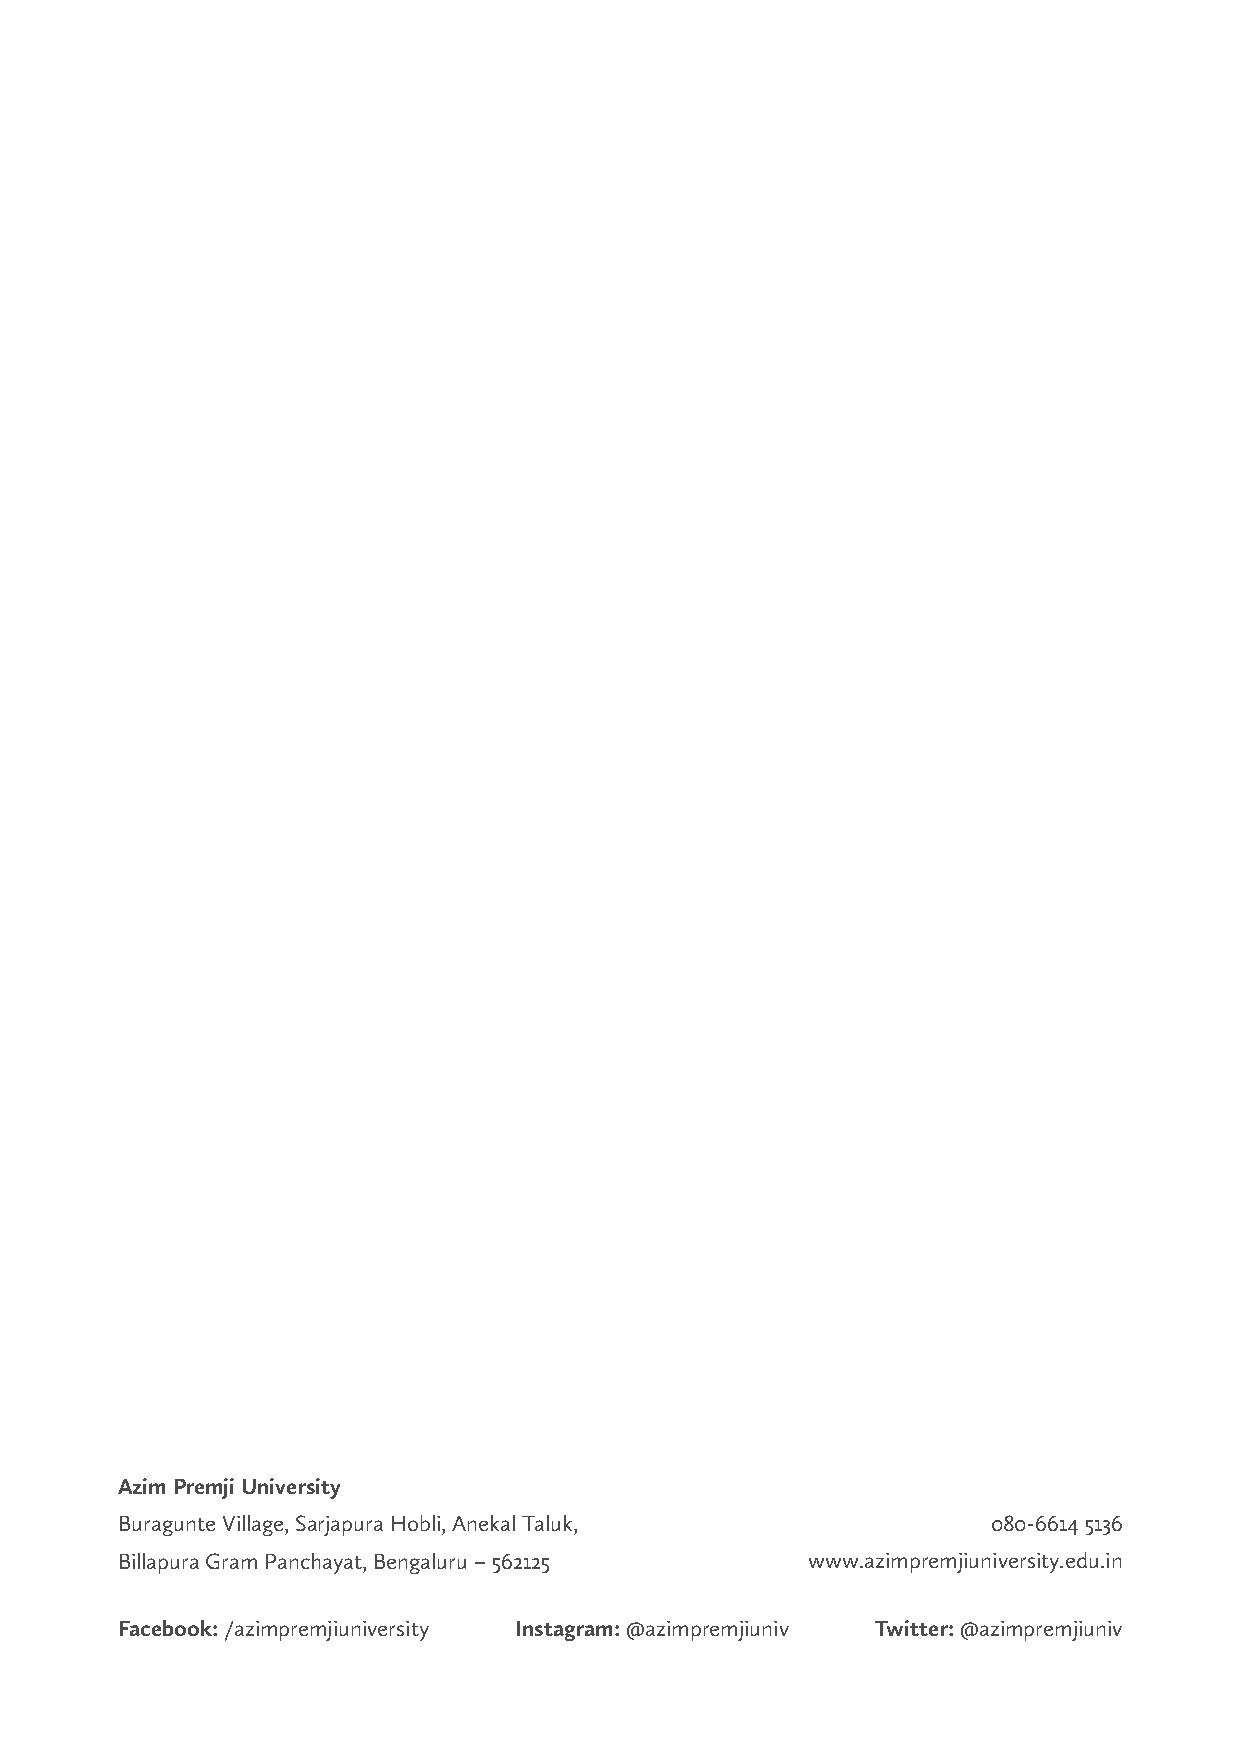
Azim Premji University
 Buragunte Village, Sarjapura Hobli, Anekal Taluk,         080-6614 5136
 Billapura Gram Panchayat, Bengaluru – 562125 www.azimpremjiuniversity.edu.in
 Facebook: /azimpremjiuniversity Instagram: @azimpremjiuniv Twitter: @azimpremjiuniv
 21